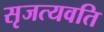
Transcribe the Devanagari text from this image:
सृजत्यवति